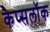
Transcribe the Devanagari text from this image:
कैप्सलॉक